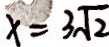
x = 3 \sqrt { 2 }